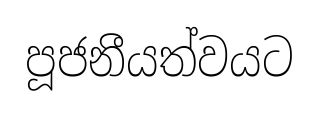
පූජනීයත්වයට